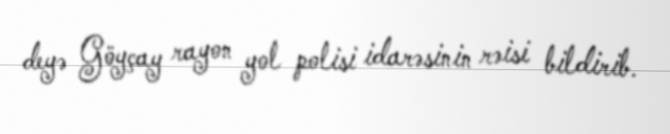
deyə Göyçay rayon yol polisi idarəsinin rəisi bildirib.